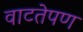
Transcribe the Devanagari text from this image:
वाटतेपण